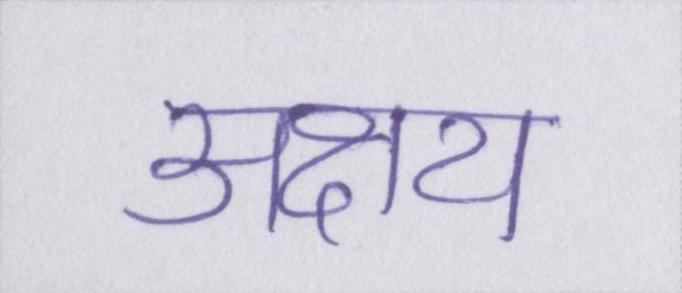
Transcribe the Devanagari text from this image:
अक्षय